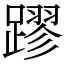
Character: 蹘